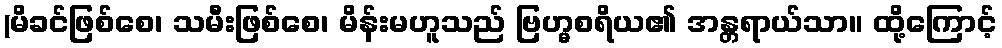
(မိခင်ဖြစ်စေ၊ သမီးဖြစ်စေ၊ မိန်းမဟူသည် ဗြဟ္မစရိယ၏ အန္တရာယ်သာ။ ထို့ကြောင့်